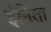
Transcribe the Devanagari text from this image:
इंगिता